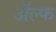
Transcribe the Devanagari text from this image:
अॅल्फ